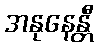
အနုနေန္တီ